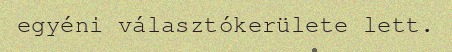
egyéni választókerülete lett.